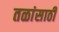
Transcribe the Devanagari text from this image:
तळांसाठी